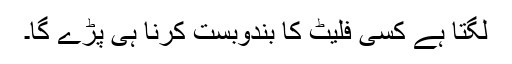
لگتا ہے کسی فلیٹ کا بندوبست کرنا ہی پڑے گا۔